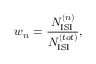
w _ { n } = \frac { N _ { \mathrm { I S I } } ^ { ( n ) } } { N _ { \mathrm { I S I } } ^ { ( t o t ) } } ,